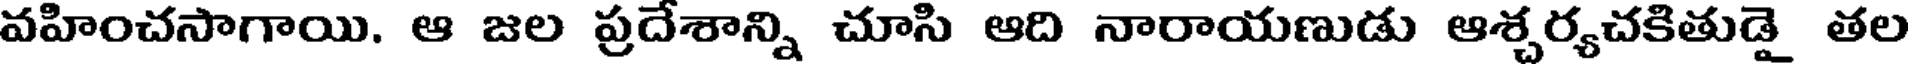
వహించసాగాయి. ఆ జల ప్రదేశాన్ని చూసి ఆది నారాయణుడు ఆశ్చర్యచకితుడై తల